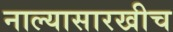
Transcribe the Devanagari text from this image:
नाल्यासारखीच